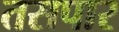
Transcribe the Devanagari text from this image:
तसपार